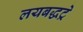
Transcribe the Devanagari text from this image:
लयबद्धट्रे